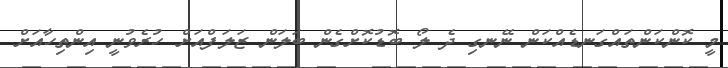
މީ ކޮންކަންތައްގަނޑެއްކަން ނޭނގި ދެ ލޯ ބޮޑުކޮށްގެން ބަލަން ޒަލަފްއަށް ހުރެވުނީ އިންތިހާއަށް